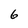
Character: 6